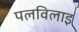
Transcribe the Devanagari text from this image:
पलविलाइ